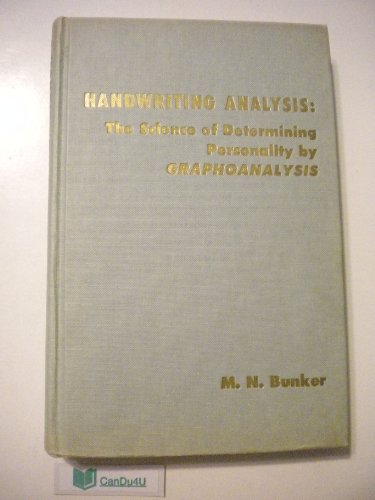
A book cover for Handwriting Analysis - The Science Of Determining Personality By Graphoanalysis, New Edition; M. N. Bunker; Self-Help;